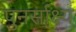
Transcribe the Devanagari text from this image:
पुनर्साक्ष्य